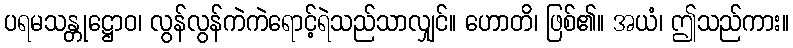
ပရမသန္တုဋ္ဌောဝ၊ လွန်လွန်ကဲကဲရောင့်ရဲသည်သာလျှင်။ ဟောတိ၊ ဖြစ်၏။ အယံ၊ ဤသည်ကား။